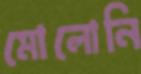
মোলোনি